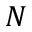
N